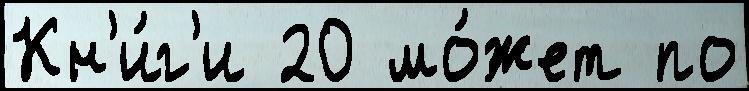
Кн'и́г'и 20 мо́жет по